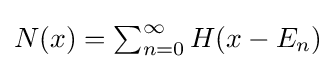
{\textstyle N(x)=\sum _{n=0}^{\infty }H(x-E_{n})}